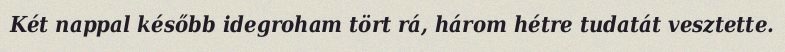
Két nappal később idegroham tört rá, három hétre tudatát vesztette.